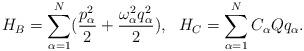
LaTeX: \begin{align*}H_{B} = \sum_{\alpha=1}^{N}( \frac{p_{\alpha}^{2}}{2} + \frac{\omega_{\alpha}^{2}q_{\alpha}^{2}}{2}), ~~ H_{C} = \sum_{\alpha=1}^{N} C_{\alpha} Q q_{\alpha}.\end{align*}